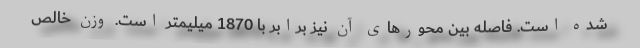
شده است. فاصله بین محورهای آن نیز برابر با 1870 میلیمتر است. وزن خالص